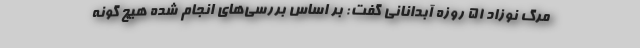
مرگ نوزاد ۵۱ روزه آبدانانی گفت: بر اساس بررسی‌های انجام شده هیچ گونه